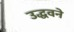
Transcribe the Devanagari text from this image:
उद्धवने